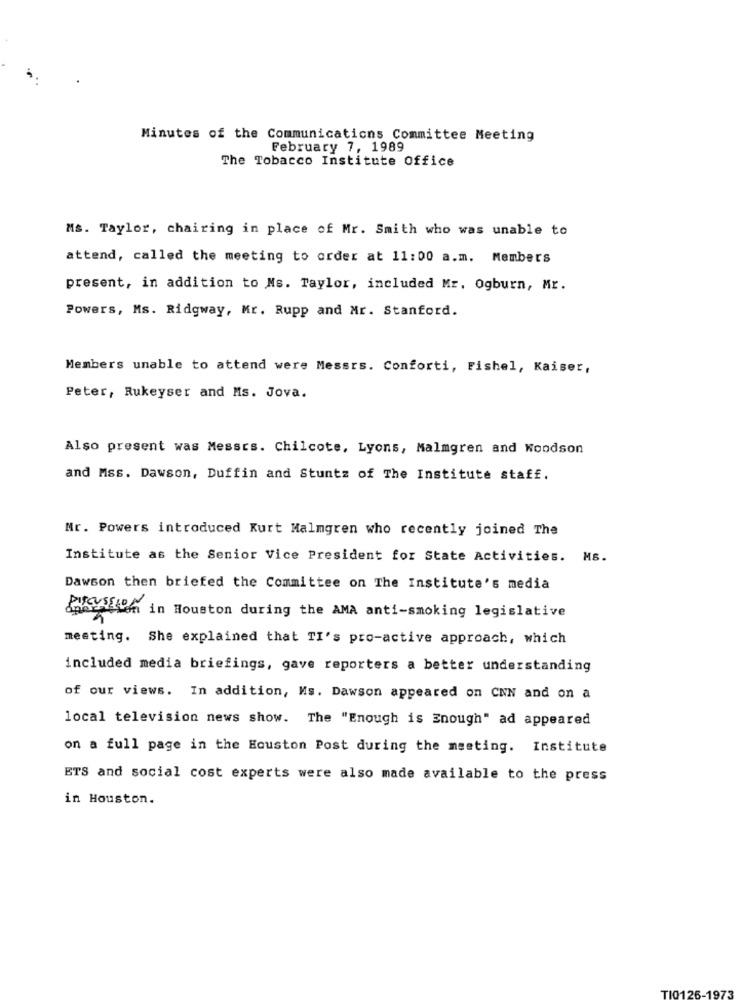
Minutes of the Communications Committee Meeting
February 7, 1989
The Tobacco Institute Office
Ms. Taylor, chairing in place of Mr. Smith who was unable to
attend, called the meeting to order at 11:00 a.m. Members
present, in addition to Ns. Taylor, included Mr. Ogburn, Mr.
Powers, Ms. Ridgway, Mr. Rupp and Mr. Stanford.
Members unable to attend were Messrs. Conforti, Fishel, Kaiser,
Peter, Rukeyser and Ms. Jova.
Also present was Messrs. Chilcote, Lyons, Malmgren and Woodson
and Mss. Dawson, Duffin and Stuntz of The Institute staff.
Mr. Powers introduced Kurt Malmgren who recently joined The
Institute as the Senior Vice President for State Activities. MS.
Dawson then briefed the Committee on The Institute's media
perAlien in Houston during the AMA anti-smoking legislative
meeting. She explained that TI's pro-active approach, which
included media briefings, gave reporters a better understanding
of our views. In addition, Ms. Dawson appeared on CNN and on a
local television news show. The "Enough is Enough" ad appeared
on a full page in the Houston Post during the meeting. Institute
ETS and social cost experts were also made available to the press
in Houston.
TIO1